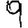
Digit: 9